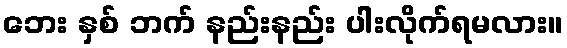
ဘေး နှစ် ဘက် နည်းနည်း ပါးလိုက်ရမလား။